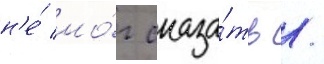
н'е́ мо́г сказа́ть /